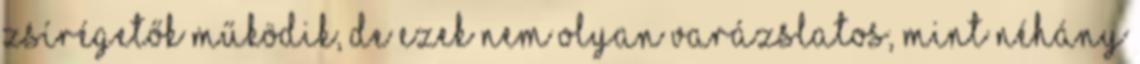
Zsírégetők működik, de ezek nem olyan varázslatos, mint néhány